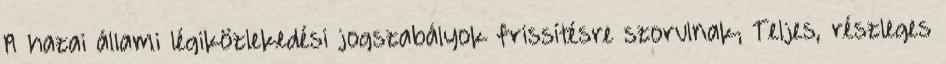
A hazai állami légiközlekedési jogszabályok frissítésre szorulnak; Teljes, részleges